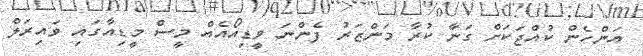
އަންހެން ކުއްޖަކަށް ގަނާ ކުރާ މަންޒަރު ފެންނަ ވީޑިއޯއެއް މީސް މީޑިއާގައި ވައިރަލް